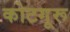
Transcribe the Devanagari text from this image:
कोटगूरू